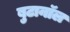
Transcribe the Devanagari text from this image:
बुटानॉल